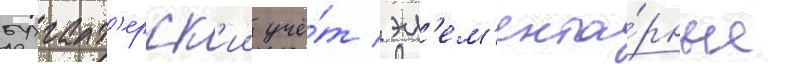
бухгалт'ерск'ии учё́т / эл'ем'ента́рные